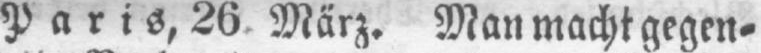
Paris, 26 März. Man macht gegen⸗